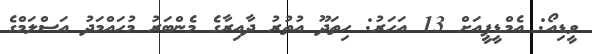
ވީޑިއޯ: އެމްޑީޕީއަށް 13 އަހަރު: ހިތަދޫ އުތުރު ދާއިރާގެ މެންބަރު މުހައްމަދު އަސްލަމްގެ